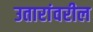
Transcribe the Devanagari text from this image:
उतारांवरील